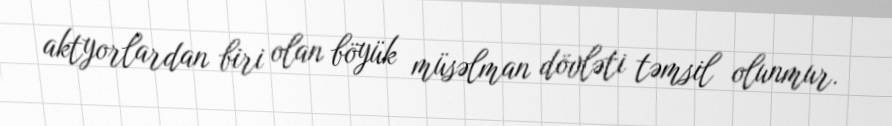
aktyorlardan biri olan böyük müsəlman dövləti təmsil olunmur.